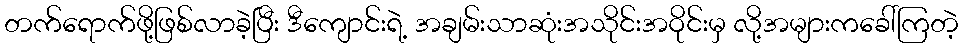
တက်ရောက်ဖို့ဖြစ်လာခဲ့ပြီး ဒီကျောင်းရဲ့ အချမ်းသာဆုံးအသိုင်းအဝိုင်းမှ လို့အများကခေါ်ကြတဲ့